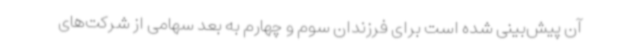
آن پیش‌بینی شده است برای فرزندان سوم و چهارم به بعد سهامی از شرکت‌های